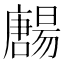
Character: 𡃯